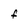
Character: F